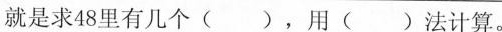
就是求48里有几个( )，用( )法计算。